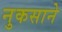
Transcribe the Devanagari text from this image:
नुकसाने